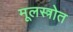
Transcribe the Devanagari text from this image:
मूलस्त्रोत